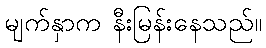
မျက်နှာက နီးမြန်းနေသည်။